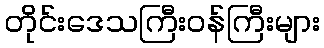
တိုင်းဒေသကြီးဝန်ကြီးများ